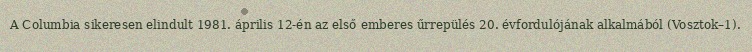
A Columbia sikeresen elindult 1981. április 12-én az első emberes űrrepülés 20. évfordulójának alkalmából (Vosztok–1).